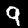
Digit: 9